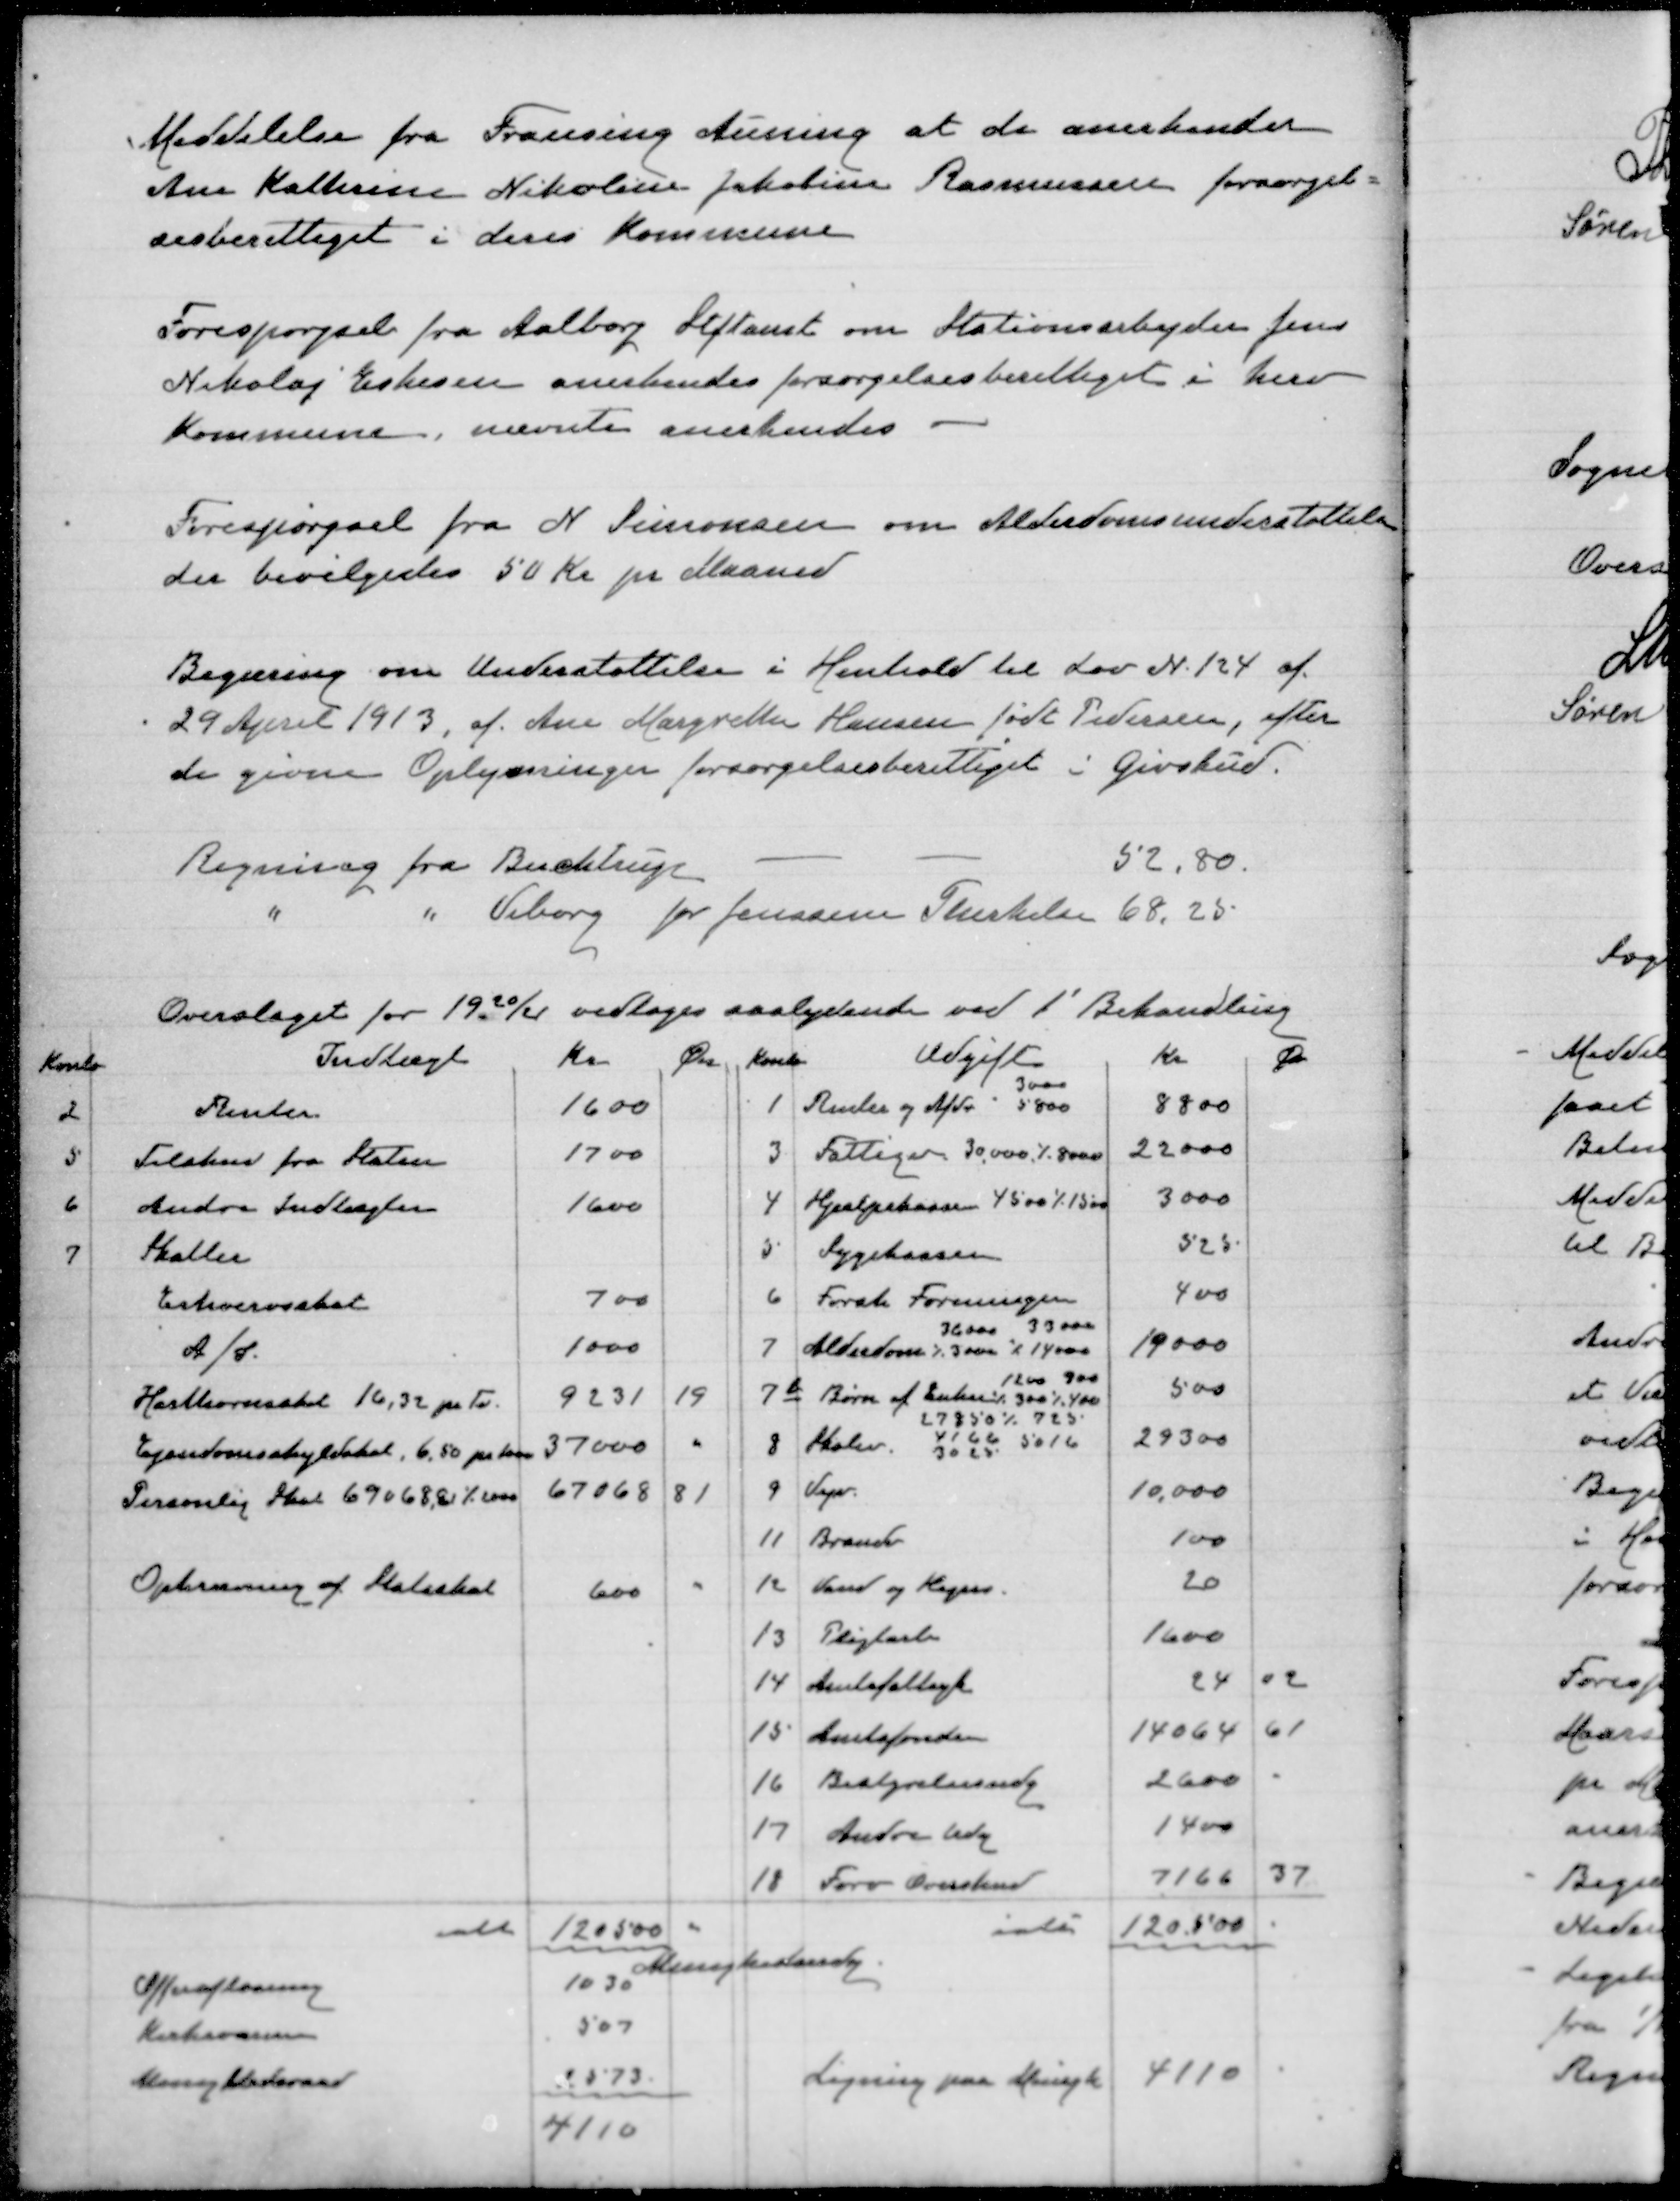
Transskription:
Meddelelse fra Frausing Auning at de anerkender
Ane Kathrine Nikoline Jakobine Rasmussen forsørgel=
sesberettiget i deres Kommune

Forespørgsel fra Aalborg Stftamt om Stationsarbejder Jens
Nikolaj Eskesen anerkendes forsørgelsesberettiget i herv
Kommune. nævnte anerkendes

Forespørgsel fra N. Simonsen om Alderdomsunderstøttelse
der bevilgedes 50 Kr pr. Maaned

Begæring om Understøttelse i Henhold til Lov N. 124 af
29 April 1913 af Ane Margrethe Hansen født Pedersen, efter
de givne Oplysninger forsørgelsesberettiget i Givskud.

Regning fra Buchtrup
52,80
" " Viborg for Jenssine Therkelsen 68,28